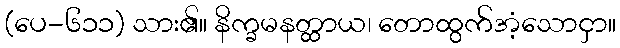
(ပေ-၆၁၁) သား၏။ နိက္ခမနတ္ထာယ၊ တောထွက်အံ့သောငှာ။